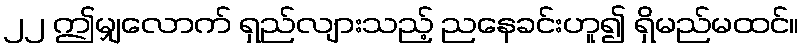
၂၂ ဤမျှလောက် ရှည်လျားသည့် ညနေခင်းဟူ၍ ရှိမည်မထင်။